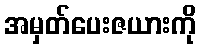
အမှတ်ပေးဇယားကို